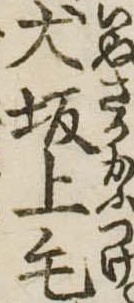
犬坂上毛